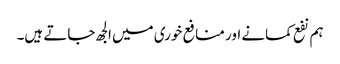
ہم نفع کمانے اور منافع خوری میں الجھ جاتے ہیں۔